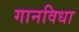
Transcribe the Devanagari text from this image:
गानविधा